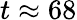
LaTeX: t\approx 68